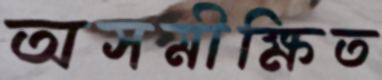
অসমীক্ষিত